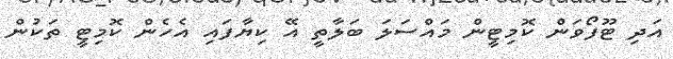
އަދި ޓޫފޯވަން ކޮމިޓީން މައްސަލަ ބަލާތީ އޭ ކިޔާފައި އެހެން ކޮމިޓީ ތަކުން